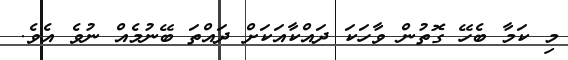
މި ކަމާ ބެހޭ ގޮތުން ވާހަކަ ދައްކާއަކަށް ދައްތަ ބޭނުމެއް ނުވެ އެވެ.